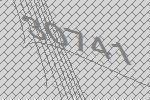
30741